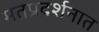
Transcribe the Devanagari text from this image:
मतप्रदर्शनात